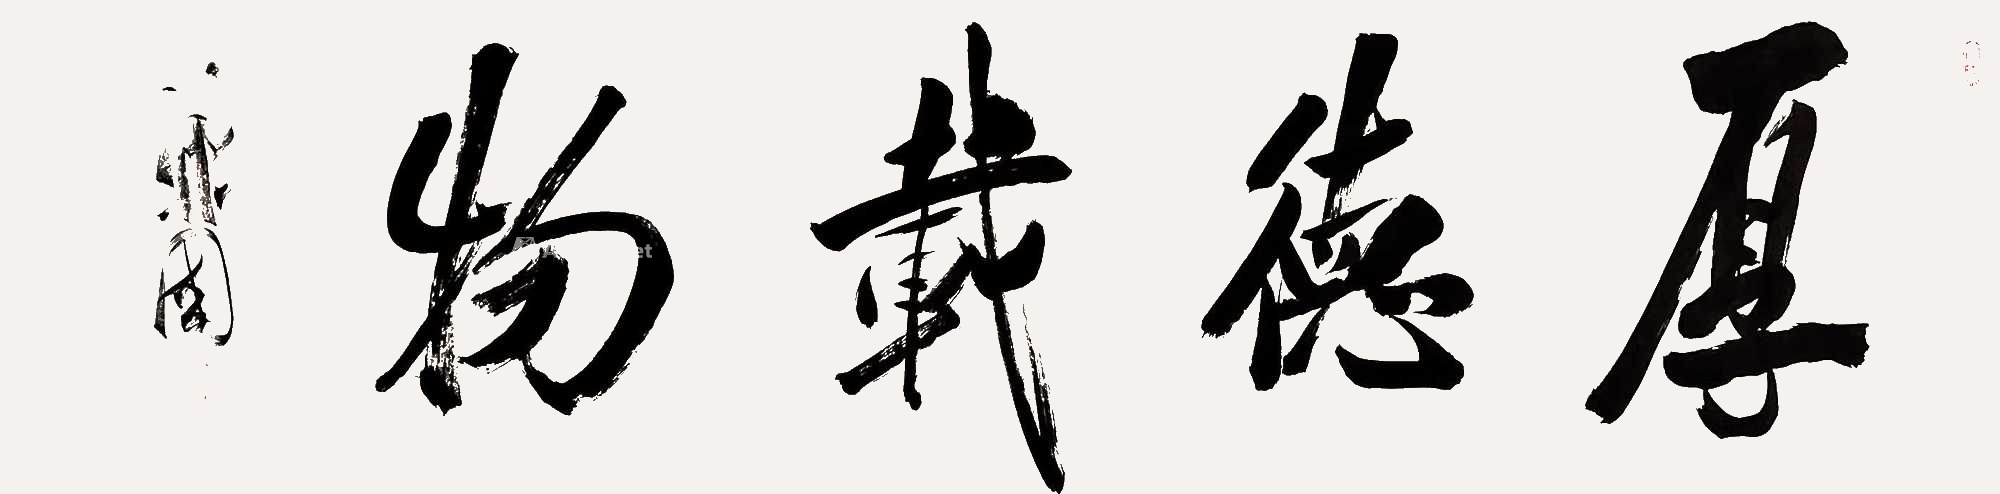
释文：厚德载物徐战国